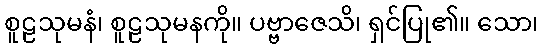
စူဠသုမနံ၊ စူဠသုမနကို။ ပဗ္ဗာဇေသိ၊ ရှင်ပြု၏။ သော၊